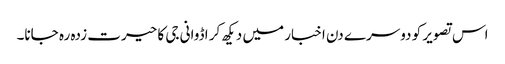
اس تصویر کو دوسرے دن اخبار میں دیکھ کر اڈوانی جی کا حیرت زدہ رہ جانا۔